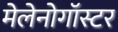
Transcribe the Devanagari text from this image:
मेलेनोगॉस्टर